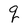
Character: q